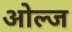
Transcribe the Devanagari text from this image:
ओल्ज